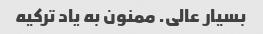
بسیار عالی. ممنون به یاد ترکیه